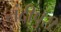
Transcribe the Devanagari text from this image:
नंदीपुरी